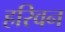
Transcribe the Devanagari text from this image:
हरिवन